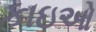
કાઇઓ